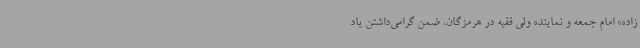
‌زاده» امام جمعه و نماینده ولی فقیه در هرمزگان، ضمن گرامی‌داشتن یاد